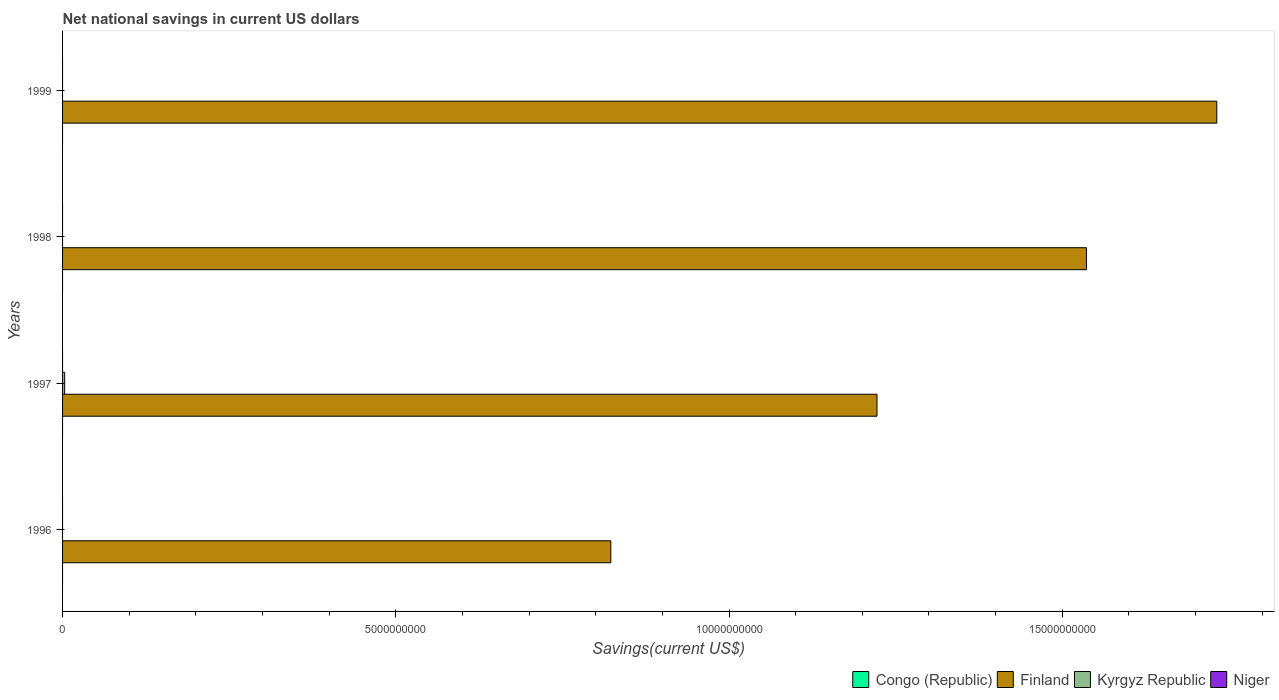
| Years | Congo (Republic) | Finland | Kyrgyz Republic | Niger |
 | --- | --- | --- | --- | --- |
 | 1996 | -5.34e+08 | 8.23e+09 | -1.98e+08 | -2.8e+07 |
 | 1997 | -2.56e+08 | 1.22e+10 | 3.15e+07 | -3.77e+07 |
 | 1998 | -2.89e+08 | 1.54e+10 | -3.67e+08 | -2.37e+07 |
 | 1999 | -2.24e+08 | 1.73e+10 | -1.28e+08 | -3.6e+07 |